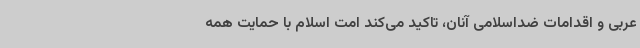
عربی و اقدامات ضداسلامی آنان، تاکید می‌کند امت اسلام با حمایت همه